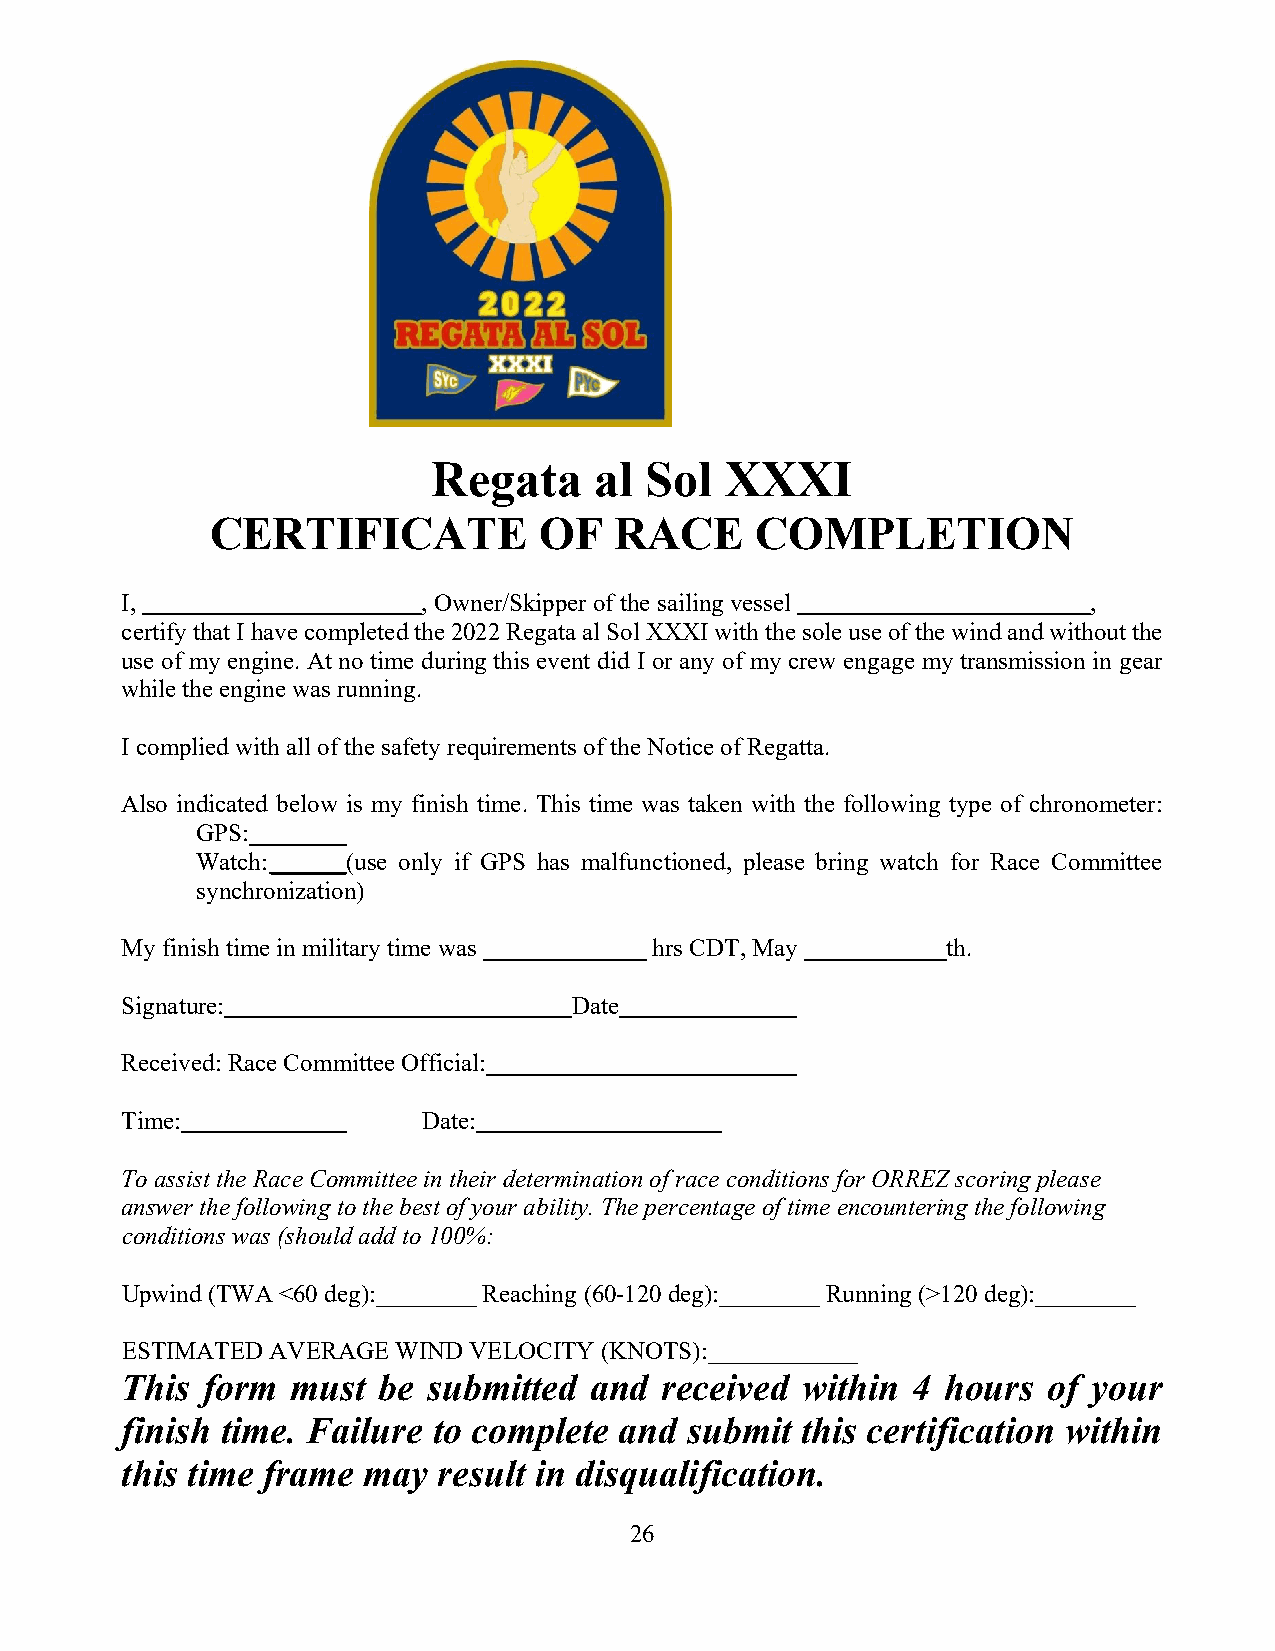
Regata    al  Sol  XXXI
 CERTIFICATE           OF   RACE     COMPLETION
 I,                  , Owner/Skipper of the sailing vessel       ,
 certify that I have completed the 2022 Regata al Sol XXXI with the sole use of the wind and without the
 use of my engine. At no time during this event did I or any of my crew engage my transmission in gear
 while the engine was running.
 I complied with all of the safety requirements of the Notice of Regatta.
 Also indicated below is my finish time. This time was taken with the following type of chronometer:
 GPS: ______
 Watch: ______(use only if GPS has malfunctioned, please bring watch for Race Committee
 synchronization)
 My finish time in military time was hrs CDT, May       th.
 Signature:                    Date
 Received: Race Committee Official:
 Time:               Date:
 To assist the Race Committee in their determination of race conditions for ORREZ scoring please
 answer the following to the best of your ability. The percentage of time encountering the following
 conditions was (should add to 100%:
 Upwind (TWA <60 deg):________ Reaching (60-120 deg):________ Running (>120 deg):________
 ESTIMATED AVERAGE WIND VELOCITY (KNOTS):____________
 This form  must  be submitted  and  received within 4  hours of your
 finish time. Failure to complete and  submit this certification within
 this time frame may  result in disqualification.
 26